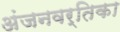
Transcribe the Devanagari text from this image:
अंजनवर्तिका